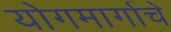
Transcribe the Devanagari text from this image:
योगमार्गाचे